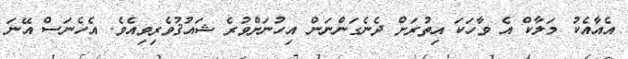
އެއާއެކު މަލާކް އެ ވާހަކަ އިތުރަށް ދެނެގަންނަން އިހުނަށްވުރެ ޝައުޤުވެރިވިއެވެ. އެހެނަސް އޭނަ